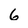
Character: 6